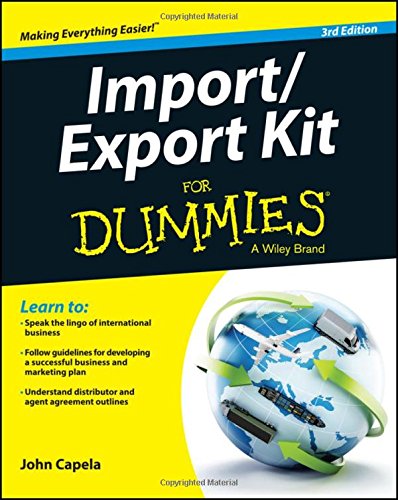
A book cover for Import / Export Kit For Dummies; John J. Capela; Business & Money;